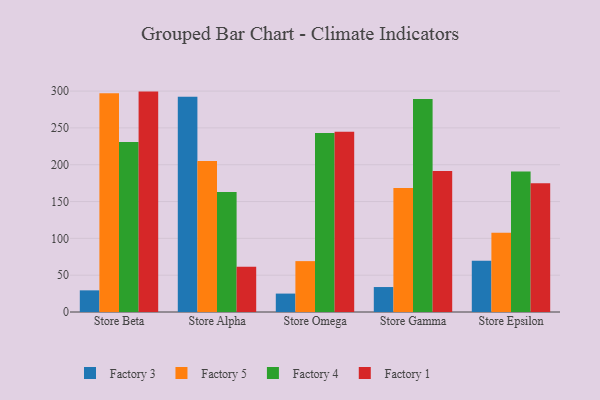
{"axis": {"x": "Store", "y": "Website Visitors"}, "legend": ["Factory 1", "Factory 3", "Factory 4", "Factory 5"], "data": [{"x": "Store Beta", "y": 29.4, "type": "Factory 3"}, {"x": "Store Beta", "y": 297.1, "type": "Factory 5"}, {"x": "Store Beta", "y": 230.8, "type": "Factory 4"}, {"x": "Store Beta", "y": 299.3, "type": "Factory 1"}, {"x": "Store Alpha", "y": 292.3, "type": "Factory 3"}, {"x": "Store Alpha", "y": 204.9, "type": "Factory 5"}, {"x": "Store Alpha", "y": 163.1, "type": "Factory 4"}, {"x": "Store Alpha", "y": 61.6, "type": "Factory 1"}, {"x": "Store Omega", "y": 25.0, "type": "Factory 3"}, {"x": "Store Omega", "y": 69.1, "type": "Factory 5"}, {"x": "Store Omega", "y": 243.0, "type": "Factory 4"}, {"x": "Store Omega", "y": 244.7, "type": "Factory 1"}, {"x": "Store Gamma", "y": 33.9, "type": "Factory 3"}, {"x": "Store Gamma", "y": 168.5, "type": "Factory 5"}, {"x": "Store Gamma", "y": 289.4, "type": "Factory 4"}, {"x": "Store Gamma", "y": 191.4, "type": "Factory 1"}, {"x": "Store Epsilon", "y": 69.6, "type": "Factory 3"}, {"x": "Store Epsilon", "y": 107.6, "type": "Factory 5"}, {"x": "Store Epsilon", "y": 190.7, "type": "Factory 4"}, {"x": "Store Epsilon", "y": 174.7, "type": "Factory 1"}]}